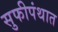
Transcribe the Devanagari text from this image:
सुफीपंथात